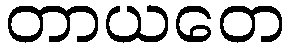
တာယတေ